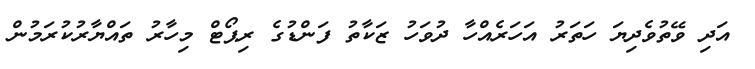
އަދި ވޭތުވެދިޔަ ހަތަރު އަހަރެއްހާ ދުވަހު ޒަކާތު ފަންޑުގެ ރިޕޯޓް މިހާރު ތައްޔާރުކުރަމުން